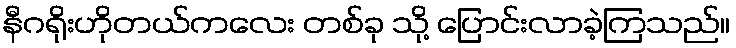
နီဂရိုးဟိုတယ်ကလေး တစ်ခု သို့ ပြောင်းလာခဲ့ကြသည်။